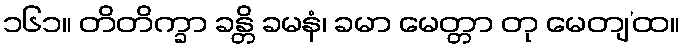
၁၆၁။ တိတိက္ခာ ခန္တိ ခမနံ၊ ခမာ မေတ္တာ တု မေတျ’ထ။